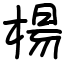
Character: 楊